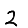
Digit: 2